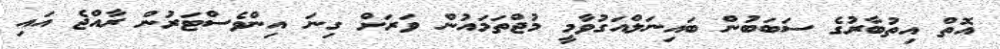
އޮތް އިތުބާރުގެ ސަބަބުން ބައިނަލްއަގުވާމީ މުޖްތަމައުން ވަރަށް ގިނަ އިންވެސްޓަރުން ރާއްޖެ އައި